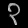
Digit: ၃